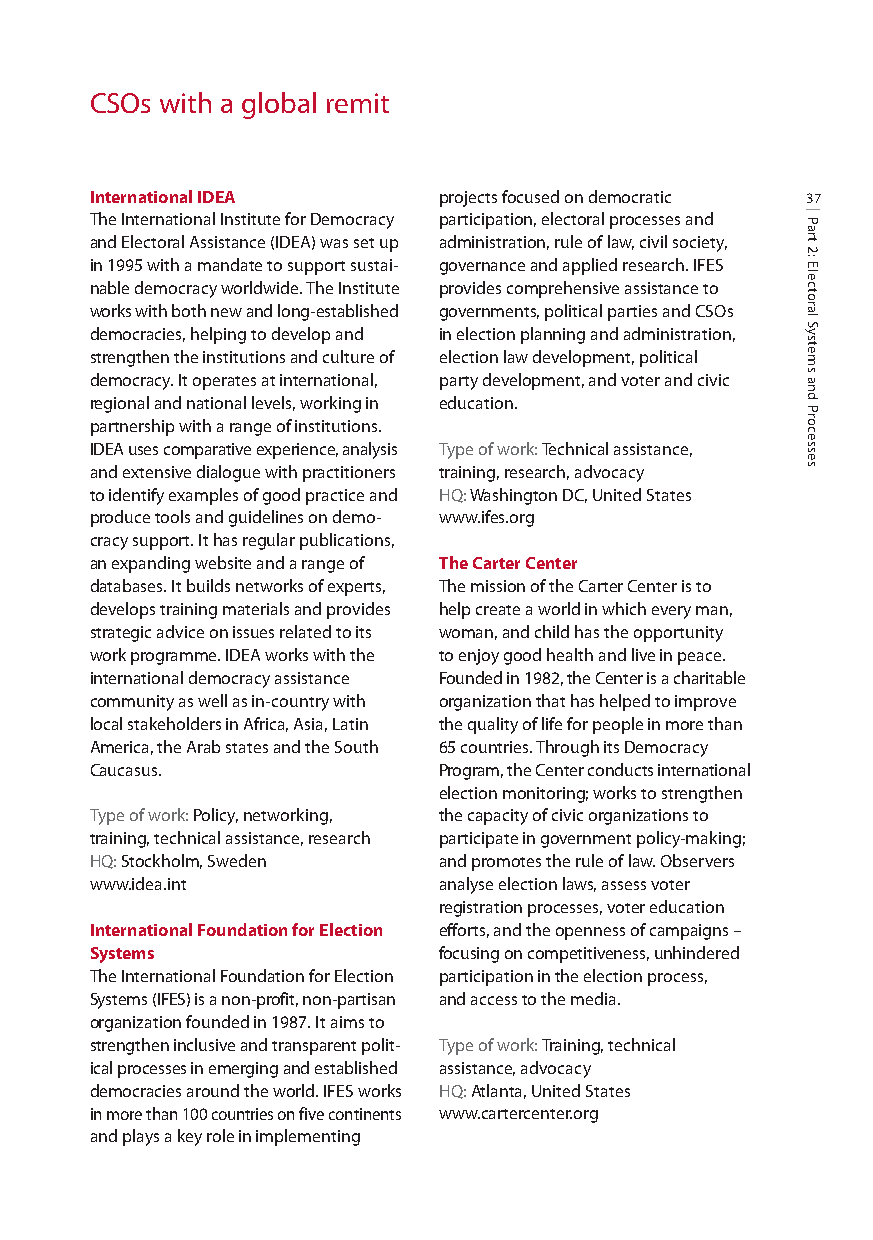
CSOs with a global remit
 International IDEA     projects focused on democratic 37
 The International Institute for Democracy participation, electoral processes and
 and Electoral Assistance (IDEA) was set up administration, rule of law, civil society,
 in 1995 with a mandate to support sustai- governance and applied research. IFES
 nable democracy worldwide. The Institute provides comprehensive assistance to
 works with both new and long-established governments, political parties and CSOs
 democracies, helping to develop and in election planning and administration,
 strengthen the institutions and culture of election law development, political
 democracy. It operates at international, party development, and voter and civic
 regional and national levels, working in education.
 partnership with a range of institutions.
 IDEA uses comparative experience, analysis Type of work: Technical assistance,
 and extensive dialogue with practitioners training, research, advocacy
 to identify examples of good practice and HQ:Washington DC, United States
 produce tools and guidelines on demo- www.ifes.org
 cracy support. It has regular publications,
 an expanding website and a range of The Carter Center
 databases. It builds networks of experts, The mission of the Carter Center is to
 develops training materials and provides help create a world in which every man,
 strategic advice on issues related to its woman, and child has the opportunity
 work programme. IDEA works with the to enjoy good health and live in peace.
 international democracy assistance Founded in 1982, the Center is a charitable
 community as well as in-country with organization that has helped to improve
 local stakeholders in Africa, Asia, Latin the quality of life for people in more than
 America, the Arab states and the South 65 countries. Through its Democracy
 Caucasus.              Program, the Center conducts international
 election monitoring; works to strengthen
 Type of work: Policy, networking, the capacity of civic organizations to
 training, technical assistance, research participate in government policy-making;
 HQ:Stockholm, Sweden   and promotes the rule of law. Observers
 www.idea.int           analyse election laws, assess voter
 registration processes, voter education
 International Foundation for Election efforts, and the openness of campaigns –
 Systems                focusing on competitiveness,unhindered
 The International Foundation for Election participation in the election process,
 Systems (IFES) is a non-profit, non-partisan and access to the media.
 organization founded in 1987. It aims to
 strengthen inclusive and transparent polit- Type of work: Training, technical
 ical processes in emerging and established assistance, advocacy
 democracies around the world. IFES works HQ:Atlanta, United States
 in more than 100 countries on five continents www.cartercenter.org
 and plays a key role in implementing
 Part
 2:
 Electoral
 Systems
 and
 Processes